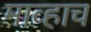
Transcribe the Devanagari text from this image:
माव्हाच